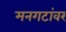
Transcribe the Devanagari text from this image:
मनगटांवर